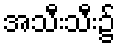
အသီးသီး၌